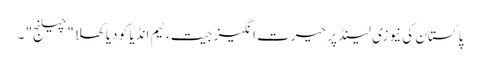
پاکستان کی نیوزی لینڈ پر حیرت انگیز جیت، ٹیم انڈیا کو دیا کھلا "چیلنج" ۔